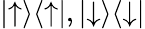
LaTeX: |{\uparrow}\rangle\langle{\uparrow}|,|{\downarrow}\rangle\langle{\downarrow}|